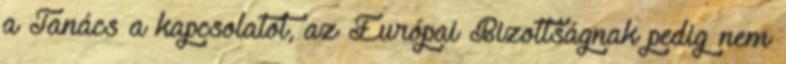
a Tanács a kapcsolatot, az Európai Bizottságnak pedig nem